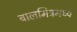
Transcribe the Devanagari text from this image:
बालमित्रमध्ये